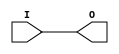
module IBUFG_HSTL_II_18 (O, I);

    output O;

    input  I;

	buf B1 (O, I);


endmodule